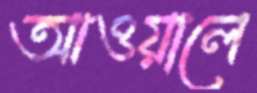
আওয়ালে